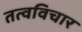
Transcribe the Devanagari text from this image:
तत्वविचार